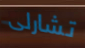
تشارلى